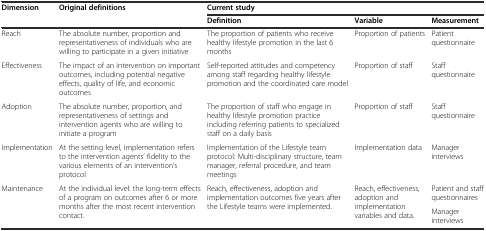
<table><thead><tr><td rowspan="2"><b>Dimension</b></td><td rowspan="2"><b>Original definitions</b></td><td colspan="3"><b>Current study</b></td></tr><tr><td><b>Definition</b></td><td><b>Variable</b></td><td><b>Measurement</b></td></tr></thead><tbody><tr><td>Reach</td><td>The absolute number, proportion and representativeness of individuals who are willing to participate in a given initiative</td><td>The proportion of patients who receive healthy lifestyle promotion in the last 6 months</td><td>Proportion of patients</td><td>Patient questionnaire</td></tr><tr><td>Effectiveness</td><td>The impact of an intervention on important outcomes, including potential negative effects, quality of life, and economic outcomes</td><td>Self-reported attitudes and competency among staff regarding healthy lifestyle promotion and the coordinated care model</td><td>Proportion of staff</td><td>Staff questionnaire</td></tr><tr><td>Adoption</td><td>The absolute number, proportion, and representativeness of settings and intervention agents who are willing to initiate a program</td><td>The proportion of staff who engage in healthy lifestyle promotion practice including referring patients to specialized staff on a daily basis</td><td>Proportion of staff</td><td>Staff questionnaire</td></tr><tr><td>Implementation</td><td>At the setting level, implementation refers to the intervention agents’ fidelity to the various elements of an intervention’s protocol</td><td>Implementation of the Lifestyle team protocol: Multi-disciplinary structure, team manager, referral procedure, and team meetings</td><td>Implementation data</td><td>Manager interviews</td></tr><tr><td rowspan="2">Maintenance</td><td rowspan="2">At the individual level: the long-term effects of a program on outcomes after 6 or more months after the most recent intervention contact.</td><td rowspan="2">Reach, effectiveness, adoption and implementation outcomes five years after the Lifestyle teams were implemented.</td><td rowspan="2">Reach, effectiveness, adoption and implementation variables and data.</td><td>Patient and staff questionnaires</td></tr><tr><td>Manager interviews</td></tr></tbody></table>